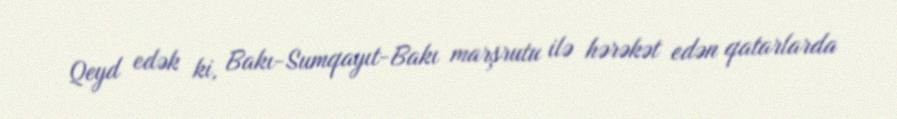
Qeyd edək ki, Bakı-Sumqayıt-Bakı marşrutu ilə hərəkət edən qatarlarda